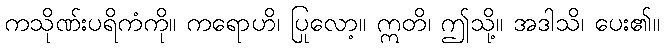
ကသိုဏ်းပရိကံကို။ ကရောဟိ၊ ပြုလော့။ ဣတိ၊ ဤသို့။ အဒါသိ၊ ပေး၏။